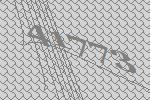
41773